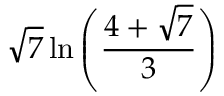
{ \sqrt { 7 } } \ln \left( { \frac { 4 + { \sqrt { 7 } } } { 3 } } \right)